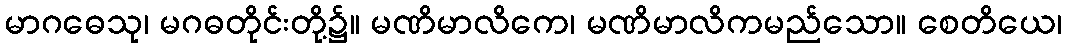
မာဂဓေသု၊ မဂဓတိုင်းတို့၌။ မဏိမာလိကေ၊ မဏိမာလိကမည်သော။ စေတိယေ၊